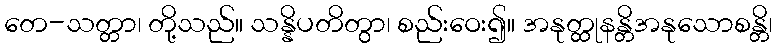
တေ-သတ္တာ၊ တို့သည်။ သန္နိပတိတွာ၊ စည်းဝေး၍။ အနုတ္ထုနန္တိအနုသောစန္တိ၊